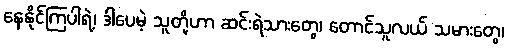
နေနိုင်ကြပါရဲ့၊ ဒါပေမဲ့ သူတို့ဟာ ဆင်းရဲသားတွေ၊ တောင်သူလယ် သမားတွေ၊